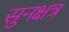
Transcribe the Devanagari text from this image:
सुनक्षत्र